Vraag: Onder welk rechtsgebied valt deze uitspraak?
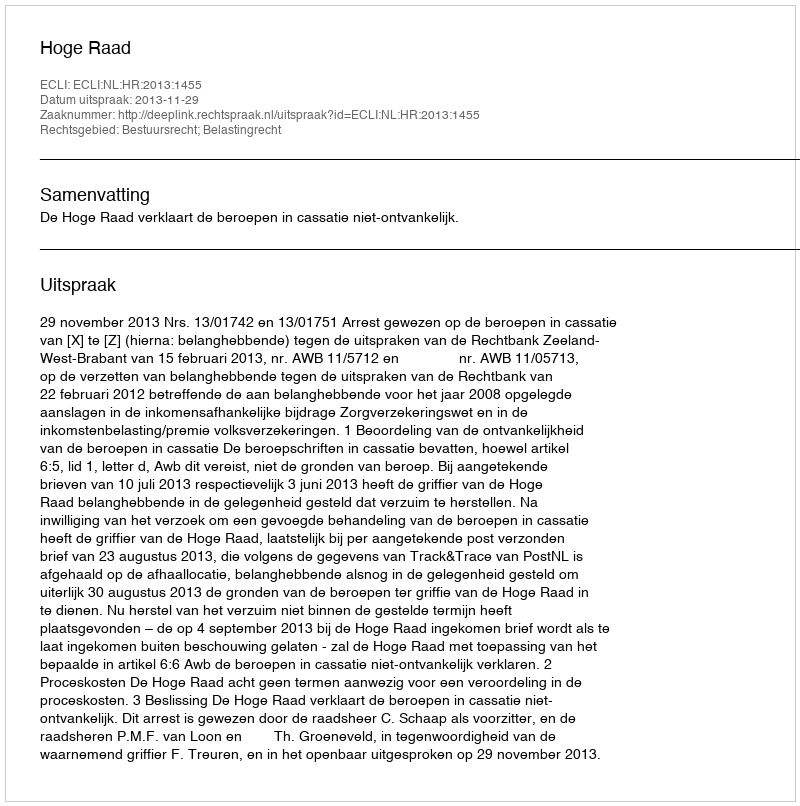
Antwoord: Bestuursrecht; Belastingrecht